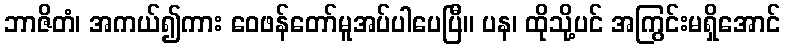
ဘာဇိတံ၊ အကယ်၍ကား ဝေဖန်တော်မူအပ်ပါပေပြီ။ ပန၊ ထိုသို့ပင် အကြွင်းမရှိအောင်